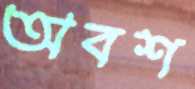
অবশ